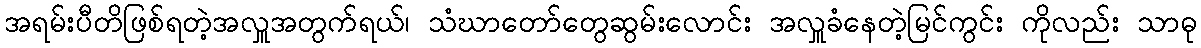
အရမ်းပီတိဖြစ်ရတဲ့အလှူအတွက်ရယ်၊ သံဃာတော်တွေဆွမ်းလောင်း အလှူခံနေတဲ့မြင်ကွင်း ကိုလည်း သာဓု